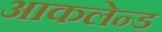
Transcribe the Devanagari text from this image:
आकलेन्ड